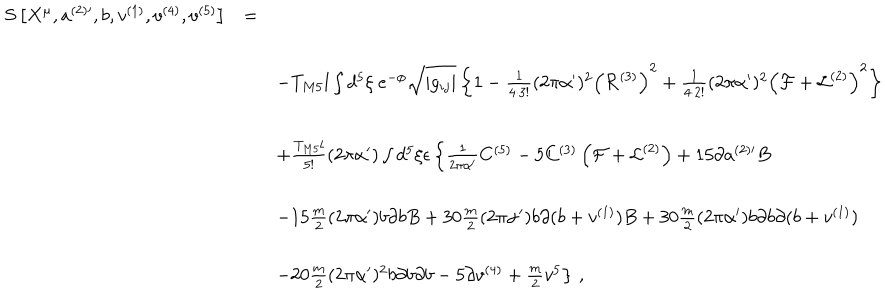
LaTeX: \begin{array} { r c l } { { S \left[ X ^ { \mu } , a ^ { ( 2 ) \prime } , b , v ^ { ( 1 ) } , v ^ { ( 4 ) } , v ^ { ( 5 ) } \right] } } & { { = } } & { { } } \\ { { } } & { { } } & { { } } \\ { { } } & { { } } & { { \hspace { - 6 c m } - T _ { M 5 } l \int d ^ { 5 } \xi \ e ^ { - \phi } \sqrt { | g _ { i j } | } \left\{ 1 - \frac { 1 } { 4 \cdot 3 ! } ( 2 \pi \alpha ^ { \prime } ) ^ { 2 } \left( { \cal R } ^ { ( 3 ) } \right) ^ { 2 } + \frac { 1 } { 4 \cdot 2 ! } ( 2 \pi \alpha ^ { \prime } ) ^ { 2 } \left( { \cal F } + { \cal L } ^ { ( 2 ) } \right) ^ { 2 } \right\} } } \\ { { } } & { { } } & { { } } \\ { { } } & { { } } & { { \hspace { - 6 c m } + \frac { T _ { M 5 } l } { 5 ! } ( 2 \pi \alpha ^ { \prime } ) \int d ^ { 5 } \xi \epsilon \left\{ \frac { 1 } { 2 \pi \alpha ^ { \prime } } C ^ { ( 5 ) } - 5 C ^ { ( 3 ) } \left( { \cal F } + { \cal L } ^ { ( 2 ) } \right) + 1 5 \partial a ^ { ( 2 ) \prime } B \right. } } \\ { { } } & { { } } & { { } } \\ { { } } & { { } } & { { \hspace { - 6 c m } - 1 5 \frac { m } { 2 } ( 2 \pi \alpha ^ { \prime } ) b \partial b B + 3 0 \frac { m } { 2 } ( 2 \pi \alpha ^ { \prime } ) b \partial ( b + v ^ { ( 1 ) } ) B + 3 0 \frac { m } { 2 } ( 2 \pi \alpha ^ { \prime } ) b \partial b \partial ( b + v ^ { ( 1 ) } ) } } \\ { { } } & { { } } & { { } } \\ { { } } & { { } } & { { \hspace { - 6 c m } \left. - 2 0 \frac { m } { 2 } ( 2 \pi \alpha ^ { \prime } ) ^ { 2 } b \partial b \partial b - 5 \partial v ^ { ( 4 ) } + { \textstyle \frac { m } { 2 } } v ^ { 5 } \right\} \, , } } \\ \end{array}